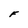
Character: F